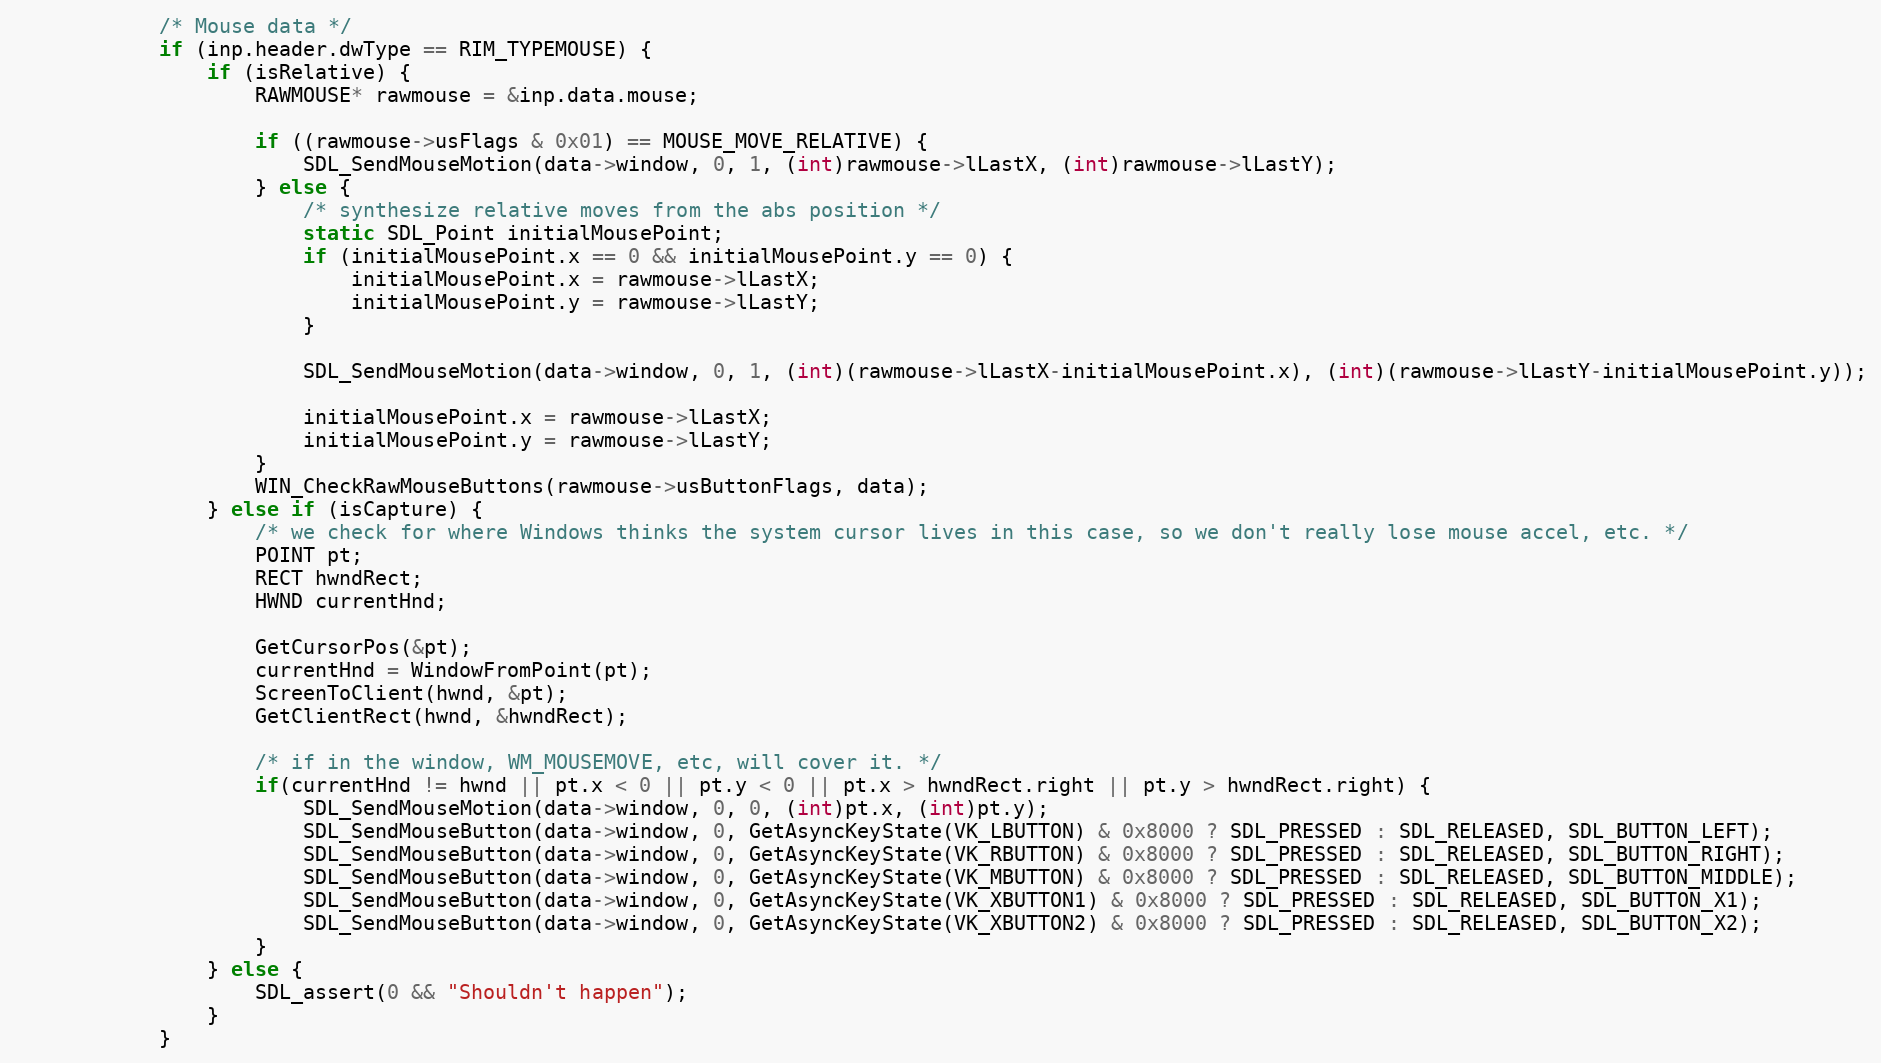
Language: C
            /* Mouse data */
            if (inp.header.dwType == RIM_TYPEMOUSE) {
                if (isRelative) {
                    RAWMOUSE* rawmouse = &inp.data.mouse;

                    if ((rawmouse->usFlags & 0x01) == MOUSE_MOVE_RELATIVE) {
                        SDL_SendMouseMotion(data->window, 0, 1, (int)rawmouse->lLastX, (int)rawmouse->lLastY);
                    } else {
                        /* synthesize relative moves from the abs position */
                        static SDL_Point initialMousePoint;
                        if (initialMousePoint.x == 0 && initialMousePoint.y == 0) {
                            initialMousePoint.x = rawmouse->lLastX;
                            initialMousePoint.y = rawmouse->lLastY;
                        }

                        SDL_SendMouseMotion(data->window, 0, 1, (int)(rawmouse->lLastX-initialMousePoint.x), (int)(rawmouse->lLastY-initialMousePoint.y));

                        initialMousePoint.x = rawmouse->lLastX;
                        initialMousePoint.y = rawmouse->lLastY;
                    }
                    WIN_CheckRawMouseButtons(rawmouse->usButtonFlags, data);
                } else if (isCapture) {
                    /* we check for where Windows thinks the system cursor lives in this case, so we don't really lose mouse accel, etc. */
                    POINT pt;
                    RECT hwndRect;
                    HWND currentHnd;

                    GetCursorPos(&pt);
                    currentHnd = WindowFromPoint(pt);
                    ScreenToClient(hwnd, &pt);
                    GetClientRect(hwnd, &hwndRect);

                    /* if in the window, WM_MOUSEMOVE, etc, will cover it. */
                    if(currentHnd != hwnd || pt.x < 0 || pt.y < 0 || pt.x > hwndRect.right || pt.y > hwndRect.right) {
                        SDL_SendMouseMotion(data->window, 0, 0, (int)pt.x, (int)pt.y);
                        SDL_SendMouseButton(data->window, 0, GetAsyncKeyState(VK_LBUTTON) & 0x8000 ? SDL_PRESSED : SDL_RELEASED, SDL_BUTTON_LEFT);
                        SDL_SendMouseButton(data->window, 0, GetAsyncKeyState(VK_RBUTTON) & 0x8000 ? SDL_PRESSED : SDL_RELEASED, SDL_BUTTON_RIGHT);
                        SDL_SendMouseButton(data->window, 0, GetAsyncKeyState(VK_MBUTTON) & 0x8000 ? SDL_PRESSED : SDL_RELEASED, SDL_BUTTON_MIDDLE);
                        SDL_SendMouseButton(data->window, 0, GetAsyncKeyState(VK_XBUTTON1) & 0x8000 ? SDL_PRESSED : SDL_RELEASED, SDL_BUTTON_X1);
                        SDL_SendMouseButton(data->window, 0, GetAsyncKeyState(VK_XBUTTON2) & 0x8000 ? SDL_PRESSED : SDL_RELEASED, SDL_BUTTON_X2);
                    }
                } else {
                    SDL_assert(0 && "Shouldn't happen");
                }
            }